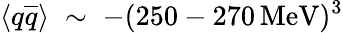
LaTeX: \langle q{\overline{{q}}}\rangle\; \sim\; -(250-270\, \mathrm{MeV})^{3}